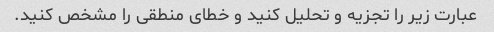
عبارت زیر را تجزیه و تحلیل کنید و خطای منطقی را مشخص کنید.